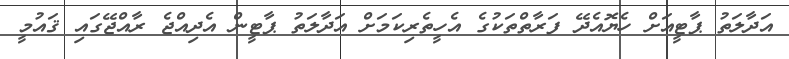
އަދާލަތު ޕާޓީއަށް ހެޔޮއެދޭ ފަރާތްތަކުގެ އެހީތެރިކަމަށް އަދާލަތު ޕާޓީން އެދިއްޖެ ރާއްޖޭގައި ޤައުމީ